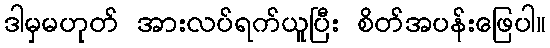
ဒါမှမဟုတ် အားလပ်ရက်ယူပြီး စိတ်အပန်းဖြေပါ။